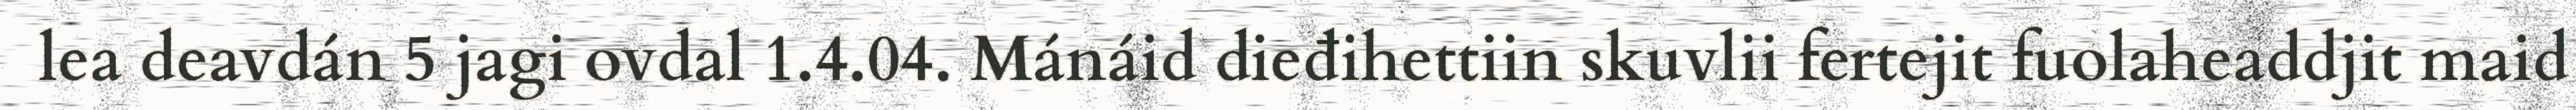
lea deavdán 5 jagi ovdal 1.4.04. Mánáid dieđihettiin skuvlii fertejit fuolaheaddjit maid